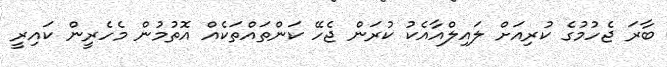
ބާރަ ޖެހުމުގެ ކުރިއަށް ލައިލްއާއެކު ކުރަން ޖެހޭ ކަންތައްތަކެއް އޮތުމުން މެހެރީން ކައިރީ